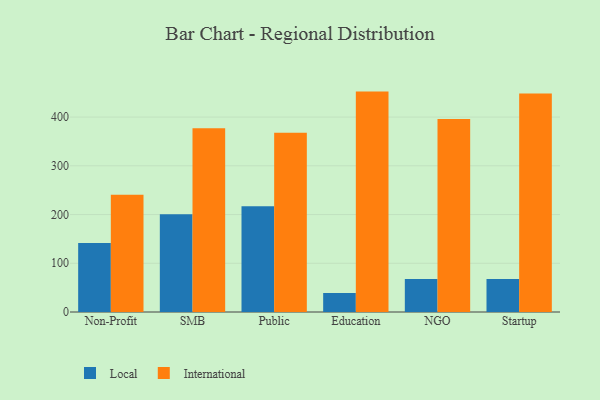
{"axis": {"x": "Segment", "y": "Website Visitors"}, "legend": ["International", "Local"], "data": [{"x": "Non-Profit", "y": 141.6, "type": "Local"}, {"x": "Non-Profit", "y": 240.6, "type": "International"}, {"x": "SMB", "y": 200.4, "type": "Local"}, {"x": "SMB", "y": 377.0, "type": "International"}, {"x": "Public", "y": 217.1, "type": "Local"}, {"x": "Public", "y": 367.6, "type": "International"}, {"x": "Education", "y": 39.1, "type": "Local"}, {"x": "Education", "y": 452.3, "type": "International"}, {"x": "NGO", "y": 67.8, "type": "Local"}, {"x": "NGO", "y": 396.3, "type": "International"}, {"x": "Startup", "y": 67.8, "type": "Local"}, {"x": "Startup", "y": 448.6, "type": "International"}]}